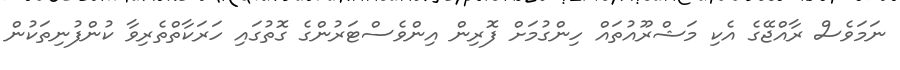
ނަމަވެސް ރާއްޖޭގެ އެކި މަޝްރޫއުތައް ހިންގުމަށް ފޮރިން އިންވެސްޓަރުންގެ ގޮތުގައި ހަރަކާތްތެރިވާ ކުންފުނިތަކުން